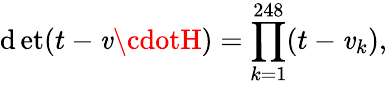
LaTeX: \operatorname*{\mathrm{d}et}(t-\mathit{v}\cdotH)=\prod_{k=1}^{248}(t-\mathit{v}_{k}),